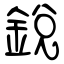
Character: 銳